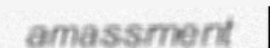
amassment